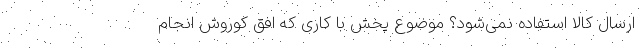
ارسال کالا استفاده نمی‌شود؟ موضوع پخش با کاری که افق کوروش انجام